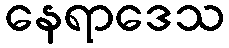
နေရာဒေသ